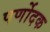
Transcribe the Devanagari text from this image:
पर्णोदक